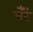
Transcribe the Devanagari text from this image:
बँटें